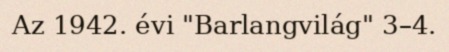
Az 1942. évi "Barlangvilág" 3–4.